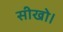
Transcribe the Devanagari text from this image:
सीखो।